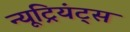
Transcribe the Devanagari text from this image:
न्यूट्रियंट्स